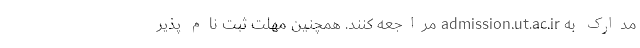
مدارک به admission.ut.ac.ir مراجعه کنند. همچنین مهلت ثبت نام پذیر